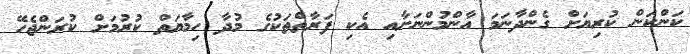
ކަންކަން ކުރިޔަށް ގެންދާނަމަ އާންމުންނަށާއި އެކި ފަރާތްތަކުގެ މުދާ ހިމާޔަތް ކުރުމަށް ކުރަންޖެހޭ